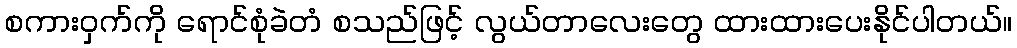
စကားဝှက်ကို ရောင်စုံခဲတံ စသည်ဖြင့် လွယ်တာလေးတွေ ထားထားပေးနိုင်ပါတယ်။